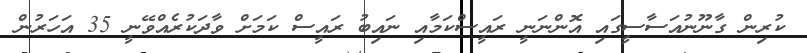
ކުރިން ގާނޫނުއަސާސީގައި އޮންނަނީ ރައީސްކަމާއި ނައިބު ރައީސް ކަމަށް ވާދަކުރެއްވޭނީ 35 އަހަރުން